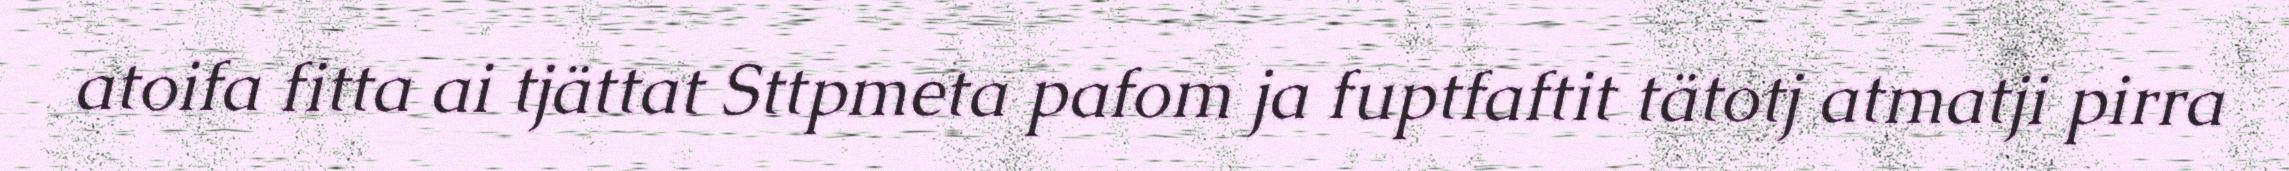
atoifa fitta ai tjättat Sttpmeta pafom ja fuptfaftit tätotj atmatji pirra